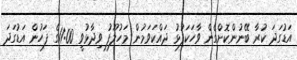
އަޑުގަދަ ކުރާ ބޭނުންކޮށްގެން ވާހަކަފުޅު ދައްކަވަމުން މަހުލޫފު ވިދާޅުވީ 11:00ގެ ފަހުން އަޑުގަދަ